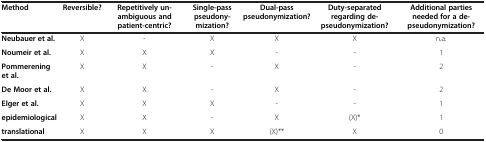
| Method | Reversible? | Repetitively un-ambiguous and patient-centric? | Single-pass pseudony-mization? | Dual-pass pseudonymization? | Duty-separated regarding de-pseudonymization? | Additional parties needed for a de-pseudonymization? |
 | --- | --- | --- | --- | --- | --- | --- |
 | Neubauer et al. | X | - | X | X | X | n.a. |
 | Noumeir et al. | X | X | X | - | - | 1 |
 | Pommerening et al. | X | X | - | X | - | 2 |
 | De Moor et al. | X | X | - | X | - | 2 |
 | Elger et al. | X | X | X | - | - | 1 |
 | epidemiological | X | X | - | X | (X)* | 1 |
 | translational | X | X | X | (X)** | X | 0 |